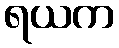
ရယက